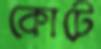
কোটে